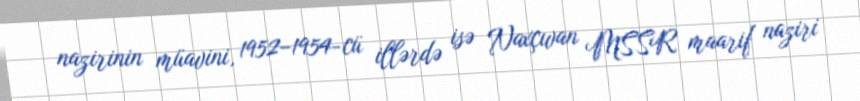
nazirinin müavini, 1952–1954-cü illərdə isə Naxçıvan MSSR maarif naziri